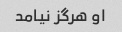
او هرگز نیامد